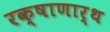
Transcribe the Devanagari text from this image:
रक्षाणार्थ